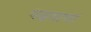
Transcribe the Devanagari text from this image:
पढ़वाना